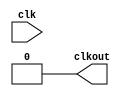
module top(
input clk, 			///Input Clock Source 10 nSec
output reg clkout); ////Clkout declare as temp
  
integer temp;  ///////Counter Variable for Clock Generation
  
initial begin   ////Initialization of temp, clkout
  	temp = 0;
    clkout = 0;
end
  
//////Start writing your Logic from here  

  
  
  
  
  
/////End Your Code Here  
endmodule